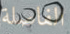
الفاصلة